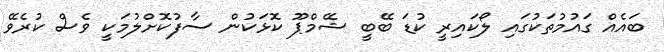
ބައެއް ގައުމުތަކުގައި ލޯކައިރީ ކުޑަ ބޭބީ ޝޭމްޕޫ ކޮޅަކުން ސާފުކޮށްލުމަކީ ވެސް ކުރެވޭ